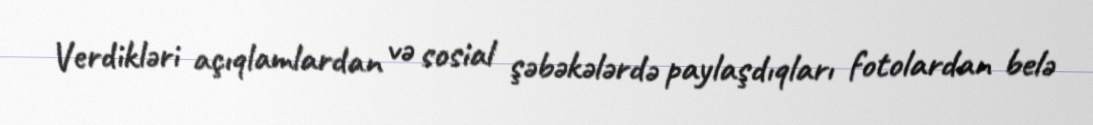
Verdikləri açıqlamlardan və sosial şəbəkələrdə paylaşdıqları fotolardan belə